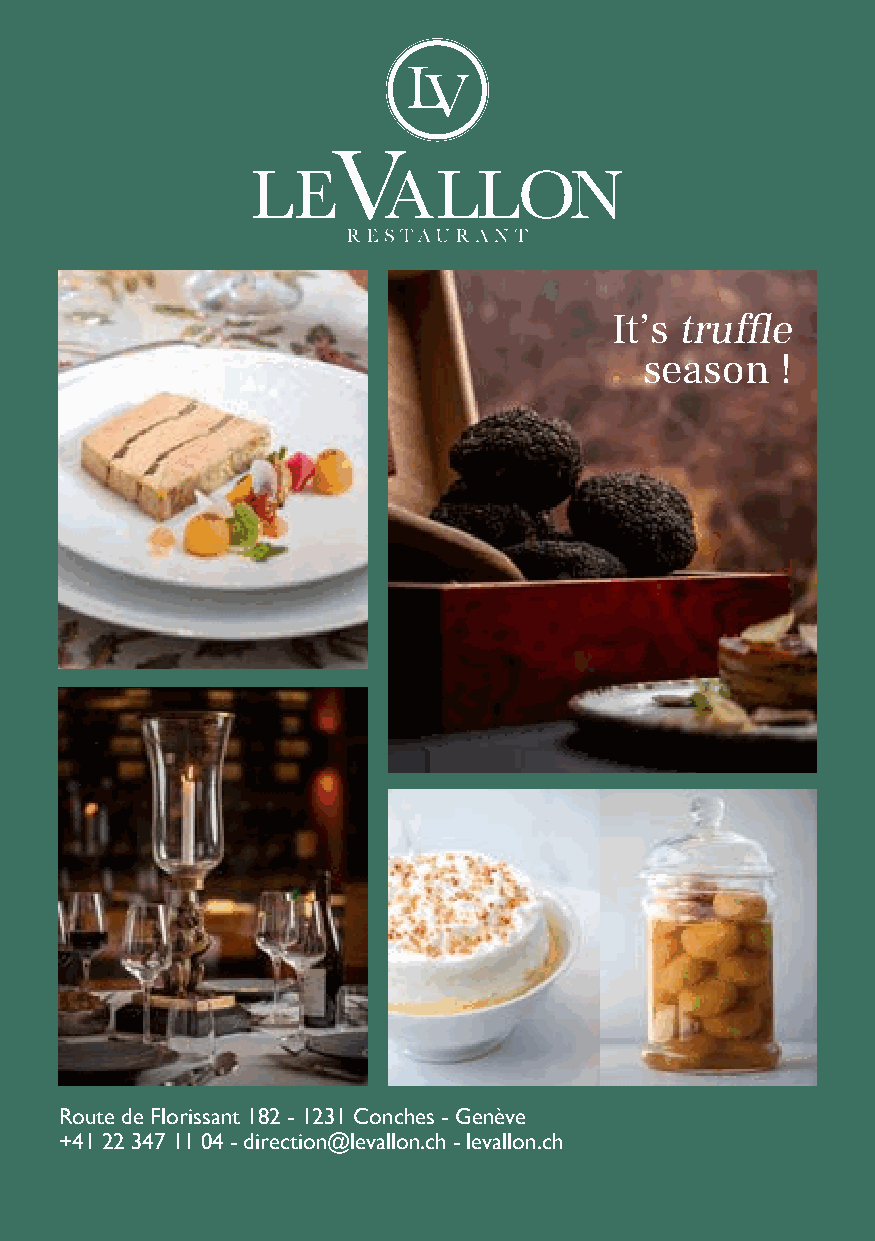
It’s
 truffle
 season    !
 Route de Florissant 182 - 1231 Conches - Genève
 +41 22 347 11 04 - direction@levallon.ch - levallon.ch